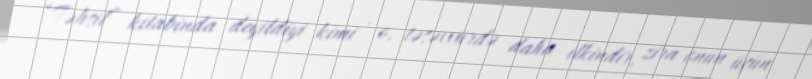
“Təhsil” kitabinda deyildiyi kimi , o, təsəvvürdə daha ilkindir, zira onun üçün